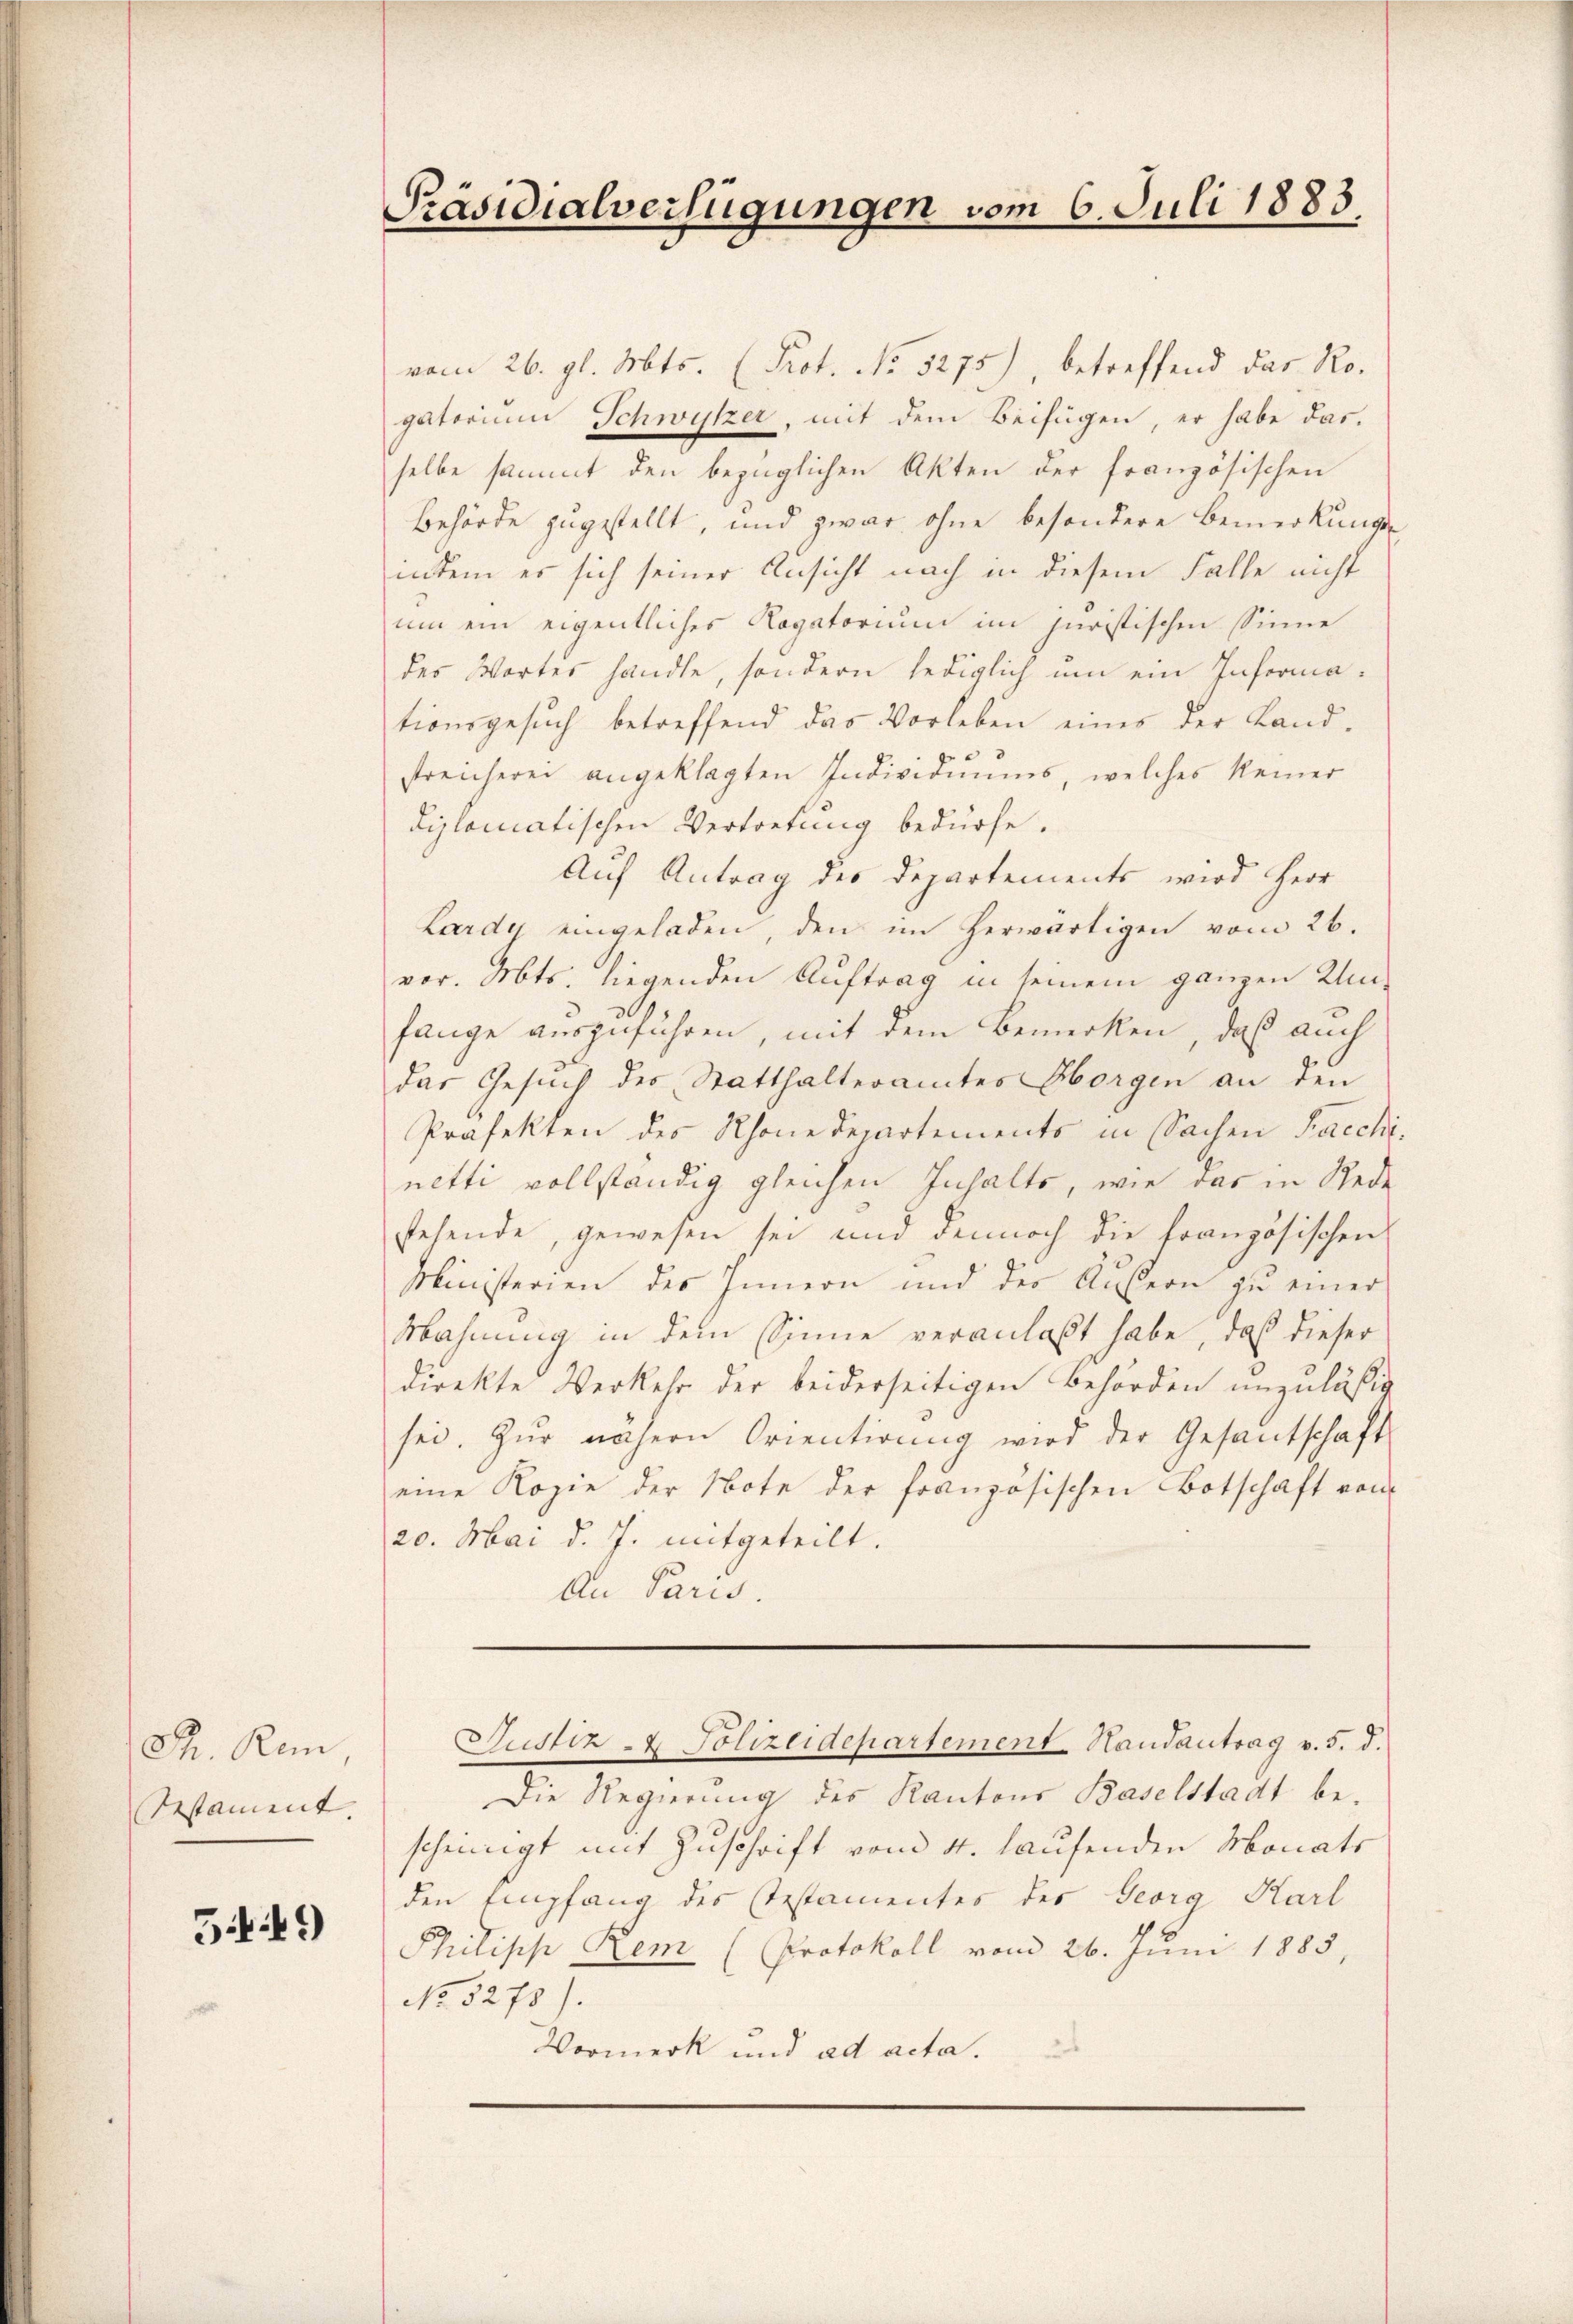
Ch. Rem,
Testament |

549)

Präsidialverfügungen vom 6. Juli 1883

vom 26. gl. Mts. (Prot. No. 5275), betreffend das Ro-
gatorium Schwytzer, mit dem Beifügen, er habe das
selbe sammt den bezüglichen Akten der französischen
Behörde zugestellt, und zwar ohne besondere Bemerkungs-
indem es sich seiner Ansicht nach in diesem Falle nicht
um ein eigentliches Rogatorium im juristischen Sinne
des Wortes handle, sondern lediglich um ein Informationsgesŭch betreffend das Vorleben eines der Land-
streicherei angeklagten Individuums, welches keiner
diplomatischen Vertretung bedürfe.
Auf Antrag des Departements wird Herr
Lardy eingeladen, den im herwärtigen vom 26.
vor. Mts. liegenden Auftrag in seinem ganzen Um-
fange auszuführen, mit dem Bemerken, daß auch
das Gesuch des Statthalteramtes Horgen an den
Präfekten des Rhone Departements in Sachen Sacchi,
netti vollständig gleichen Inhalte, wie das in Rede
stehende, gewesen sei und dennoch die französischen
Ministerien des Innern und der Außern zu einer
Mahnung in dem Sinne veranlaßt habe, daß dieser
direkte Verkehr der beiderseitigen Behörden unzuläßig
sei. Zur nähern Orientirung wird der Gesandschaft
eine Kopie der Note der französischen Botschaft von
20. Mai d. J. mitgeteilt.
An Paris.

Die Regierung des Kantons Baselstadt bescheinigt mit Zuschrift vom 4. lausenden Monats
den Empfang des Testamentes des Georg Karl
Philipp Rem (Protokoll vom 26. Juni 1885,
No 5275).
Vormerk und ad acta.

Justiz- & Polizeidepartement. Handantrag v. 5. d.